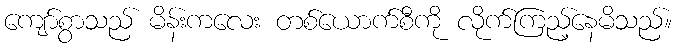
ကျော်စွာသည် မိန်းကလေး တစ်ယောက်စီကို လိုက်ကြည့်နေမိသည်။